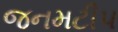
જનમટીપ